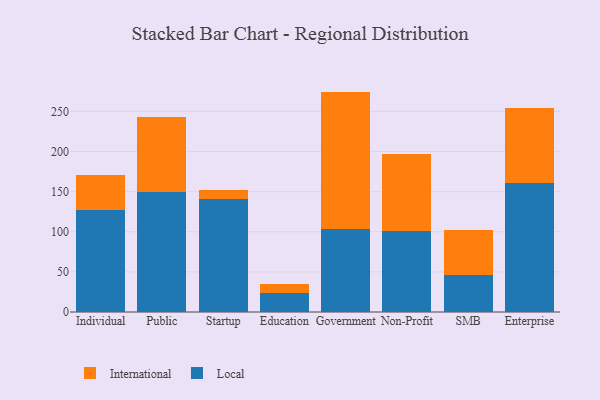
{"axis": {"x": "Segment", "y": "Active Users"}, "legend": ["International", "Local"], "data": [{"x": "Individual", "y": 127.4, "type": "Local"}, {"x": "Individual", "y": 43.4, "type": "International"}, {"x": "Public", "y": 150.0, "type": "Local"}, {"x": "Public", "y": 92.9, "type": "International"}, {"x": "Startup", "y": 141.1, "type": "Local"}, {"x": "Startup", "y": 10.7, "type": "International"}, {"x": "Education", "y": 23.5, "type": "Local"}, {"x": "Education", "y": 11.7, "type": "International"}, {"x": "Government", "y": 103.9, "type": "Local"}, {"x": "Government", "y": 170.8, "type": "International"}, {"x": "Non-Profit", "y": 101.2, "type": "Local"}, {"x": "Non-Profit", "y": 96.2, "type": "International"}, {"x": "SMB", "y": 45.7, "type": "Local"}, {"x": "SMB", "y": 56.3, "type": "International"}, {"x": "Enterprise", "y": 161.0, "type": "Local"}, {"x": "Enterprise", "y": 92.8, "type": "International"}]}